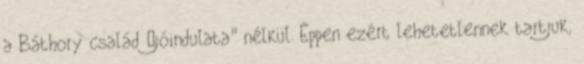
a Báthory család „jóindulata" nélkül. Éppen ezért lehetetlennek tartjuk,